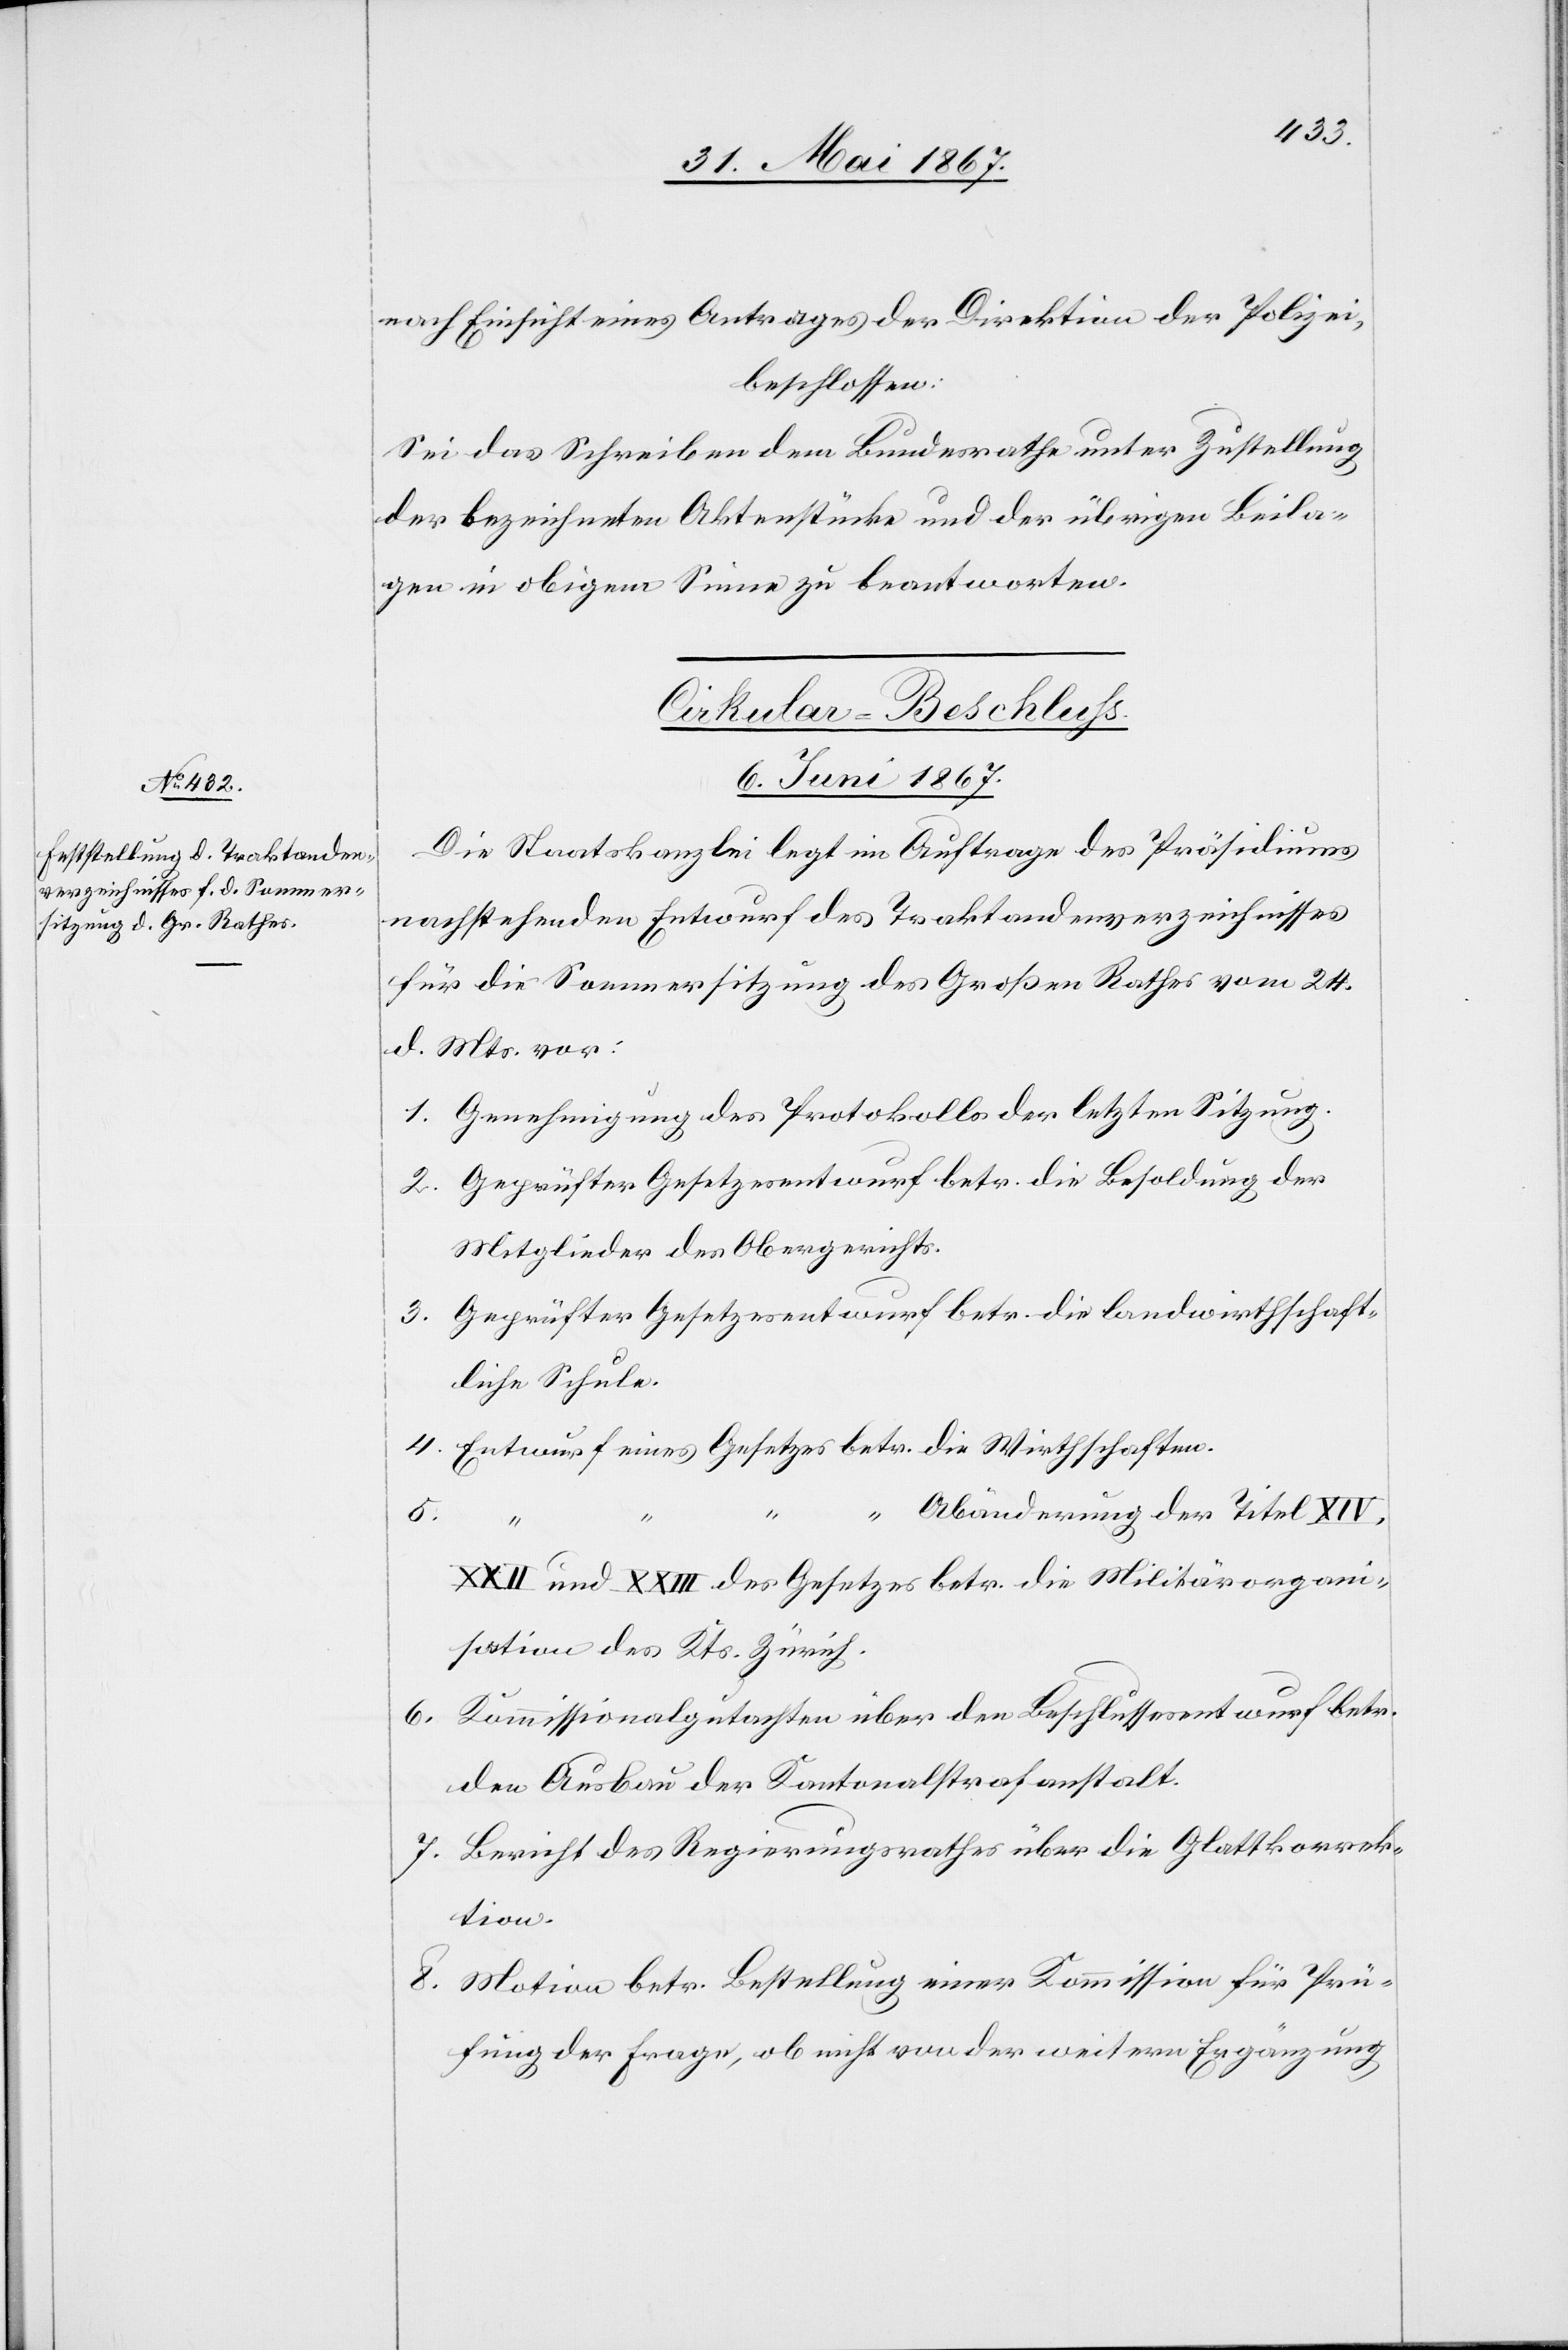
nach Einsicht eines Antrages der Direktion der Polizei,
beschlossen:
Sei das Schreiben dem Bundesrathe unter Zustellung
der bezeichneten Aktenstücke und der übrigen Beila¬
gen in obigem Sinne zu beantworten.
Cirkular-Beschluss.
6. Juni 1867.
Die Staatskanzlei legt im Auftrage des Präsidiums
nachstehenden Entwurf des Traktandenverzeichnisses
für die Sommersitzung des Großen Raths vom 24.
d. Mts. vor:
1. 	Genehmigung des Protokolls der letzten Sitzung.
2. 	Geprüfter Gesetzesentwurf betr. die Besoldung der
Mitglieder des Obergerichts.
3.	Geprüfter Gesetzesentwurf betr. die landwirthschaft¬
liche Schule.
4.	Entwurf eines Gesetzes betr. die Wirthschaften.
“ Abänderung der Titel XIV,
XXII und XXIII des Gesetzes betr. die Militärorgan¬
isation des Kts. Zürich.
6.	Kommissionalgutachten über den Beschlussesentwurf betr.
den Ausbau der Kantonalstrafanstalt.
7. 	Bericht des Regierungsrathes über die Glattkorrek¬
tion.
8.	Motion betr. Bestellung einer Kommission für Prü¬
fung der Frage, ob nicht von der weitern Ergänzung